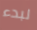
لبدء